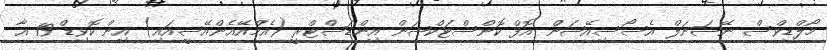
މޯލްޑިވްސް ނޭޝަނަލް އެސޯސިއޭޝަން އޮފް ކޮންސްޓަކްޝަން އިންޑަސްޓްރީ (އެމްއޭއެންއޭސީއައި) އިން ކޮވިޑް-19 އާ